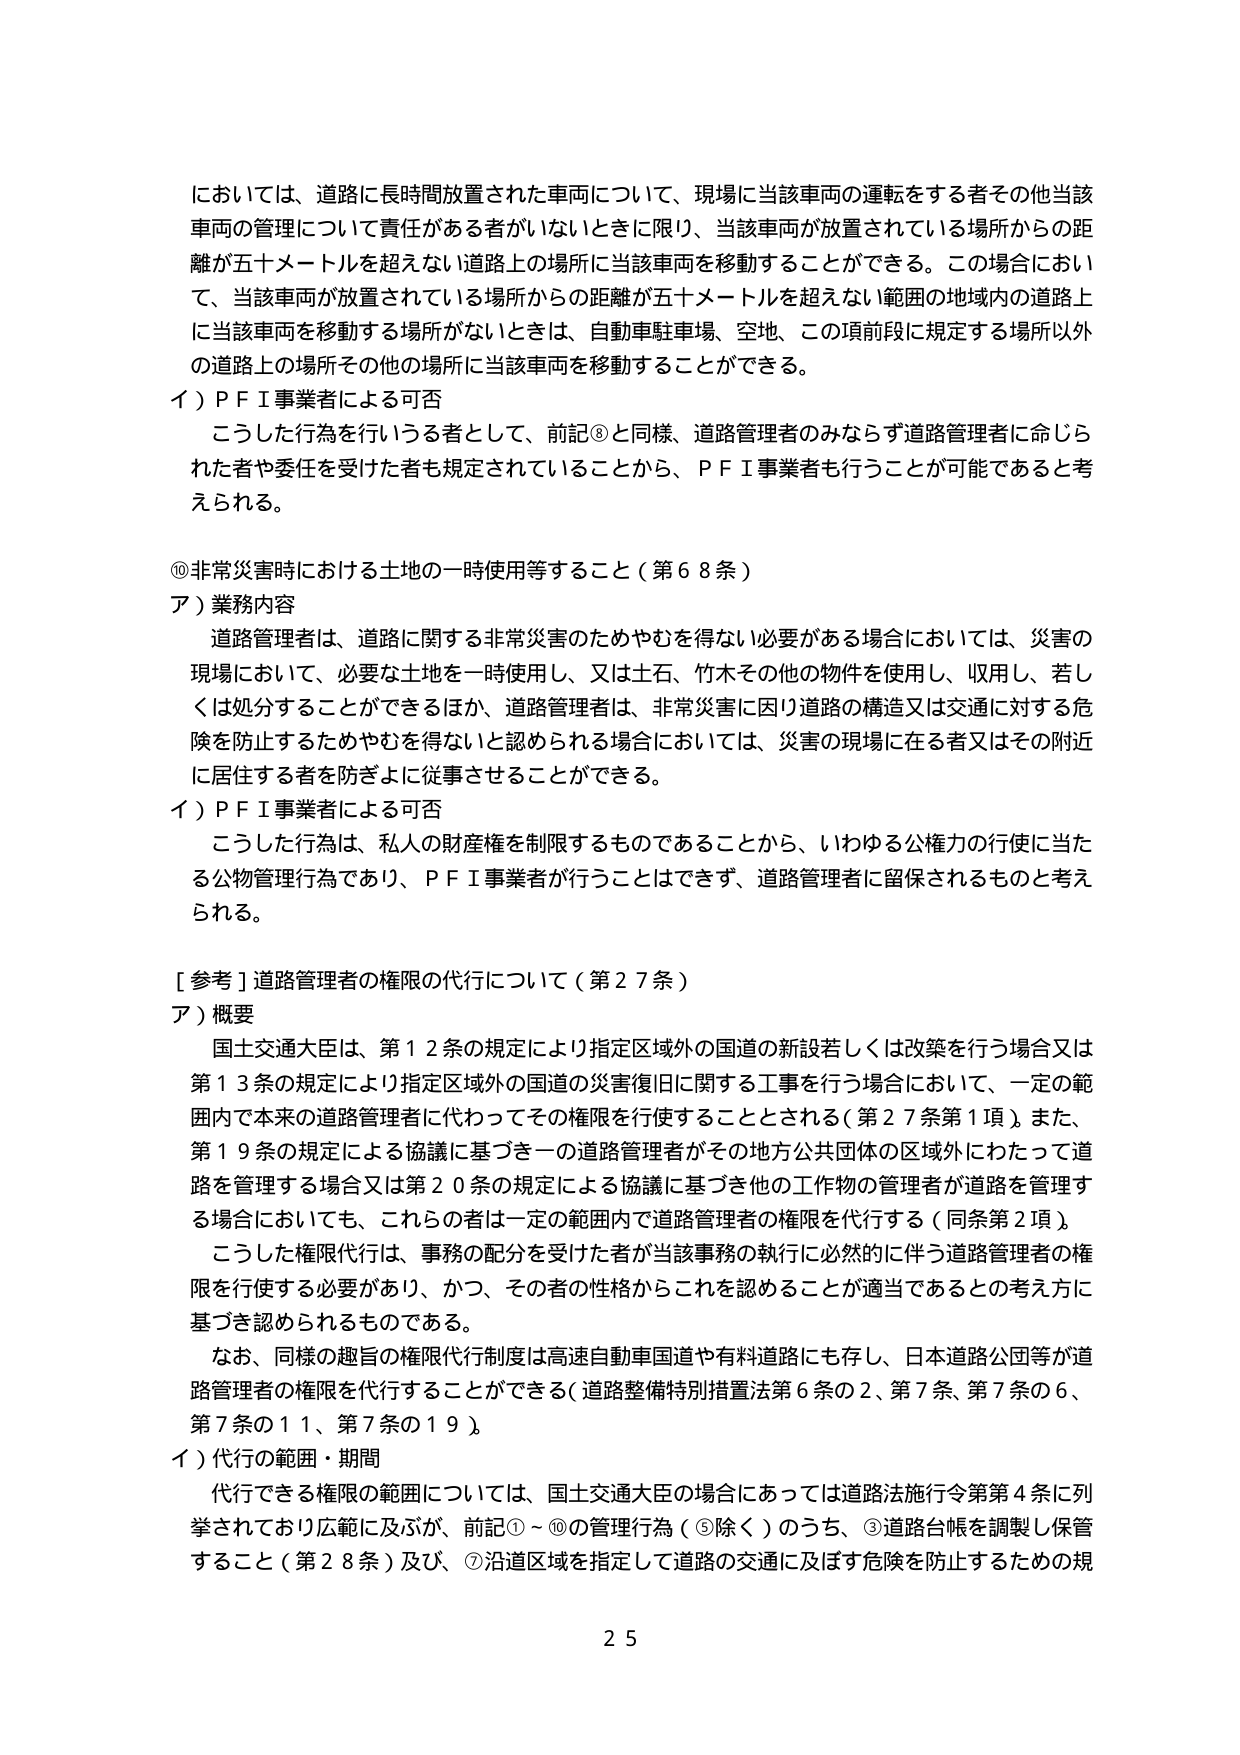
においては、道路上に長時間放置された車両について、現場に当該車両の運転をする者その他当該車両の管理について責任がある者がいないときに限り、当該車両が放置されている場所からの距離が五十メートルを超えない道路上の場所に当該車両を移動することができる。この場合において、当該車両が放置されている場所からの距離が五十メートルを超えない範囲の地域内の道路上に当該車両を移動する場所がないときは、自動車駐車場、空地、この項前段に規定する場所以外の道路上の場所その他の場所に当該車両を移動することができる。

イ）ＰＦＩ事業者による可否
こうした行為を行う者として、前記⑧と同様、道路管理者のみならず道路管理者に命じられた者や委任を受けた者も規定されていることから、ＰＦＩ事業者も行うことが可能であると考えられる。

⑩非常災害時における土地の一時使用等すること（第６８条）
ア）業務内容
道路管理者は、道路に関する非常災害のためやむを得ない必要がある場合においては、災害の現場において、必要な土地を一時使用し、又は土石、竹木その他の物件を使用し、収用し、若しくは処分することができるほか、道路管理者は、非常災害に因り道路の構造又は交通に対する危険を防止するためやむを得ないと認められる場合においては、災害の現場に在る者又はその附近に居住する者を防ぎよに従事させることができる。

イ）ＰＦＩ事業者による可否
こうした行為は、私人の財産権を制限するものであることから、いわゆる公権力の行使に当たる公物管理行為であり、ＰＦＩ事業者が行うことはできず、道路管理者に留保されるものと考えられる。

［参考］道路管理者の権限の代行について（第２７条）
ア）概要
国土交通大臣は、第１２条の規定により指定区域外の国道の新設若しくは改築を行う場合又は第１３条の規定により指定区域外の国道の災害復旧に関する工事を行う場合において、一定の範囲内で本来の道路管理者に代わってその権限を行使することとされる（第２７条第１項）。また、第１９条の規定による協議に基づき一の道路管理者がその地方公共団体の区域外にわたって道路を管理する場合又は第２０条の規定による協議に基づき他の工作物の管理者が道路を管理する場合においても、これらのは一定の範囲内で道路管理者の権限を代行する（同条第２項）。
こうした権限代行は、事務の配分を受けた者が当該事務の執行に必然的に伴う道路管理者の権限を行使する必要があり、かつ、その者の性格からこれを認めることが適当であるとの考え方に基づき認められるものである。
なお、同様の趣旨の権限代行制度は高速自動車国道や有料道路にも存し、日本道路公団等が道路管理者の権限を代行することができる（道路整備特別措置法第６条の２、第７条、第７条の６、第７条の１１、第７条の１９）。

イ）代行の範囲・期間
代行できる権限の範囲については、国土交通大臣の場合にあっては道路法施行令第４条に列挙されており広範に及ぶが、前記①～⑩の管理行為（⑤除く）のうち、③道路台帳を調製し保管すること（第２８条）及び、⑦沿道区域を指定して道路の交通に及ぼす危険を防止するための規

２５